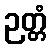
ဉတ္တံ